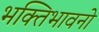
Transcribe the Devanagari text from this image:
भक्तिभावनो